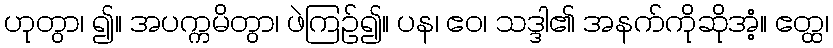
ဟုတွာ၊ ၍။ အပက္ကမိတွာ၊ ဖဲကြဉ်၍။ ပန၊ ဧဝ၊ သဒ္ဒါ၏ အနက်ကိုဆိုအံ့။ ဧတ္ထ၊